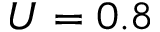
U = 0 . 8